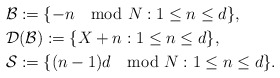
\begin{align*}&\mathcal{B}:=\{-n \mod N:1\leq n\leq d\},\\&\mathcal{D}(\mathcal{B}):=\{X+n:1\leq n \leq d\},\\&\mathcal{S}:=\{(n-1)d\mod N:1\leq n\leq d\}.\end{align*}